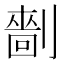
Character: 𠟩